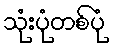
သုံးပုံတစ်ပုံ